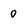
Character: 0